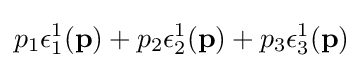
p_{1}\epsilon _{1}^{1}(\mathbf {p} )+p_{2}\epsilon _{2}^{1}(\mathbf {p} )+p_{3}\epsilon _{3}^{1}(\mathbf {p} )